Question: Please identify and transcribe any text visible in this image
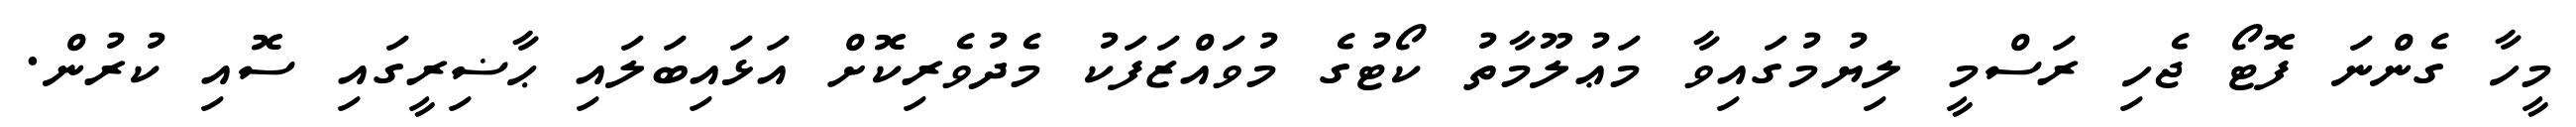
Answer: މީހާ ގެންނަ ފޮޓޯ ޖެހި ރަސްމީ ލިޔުމުގައިވާ މަޢުލޫމާތު ކޯޓުގެ މުވައްޒަފަކު މެދުވެރިކޮށް އަޅައިބަލައި ޙާޟިރީގައި ސޮއި ކުރުން.